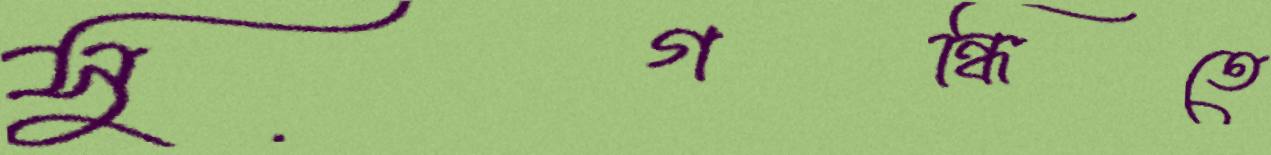
সুগন্ধিতে